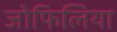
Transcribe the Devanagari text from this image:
जोफिलिया